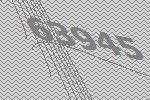
63945